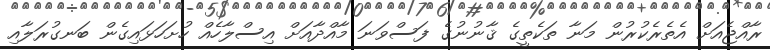
ރާއްޖެއަށް އެތެރެކުރުން މަނާ ތަކެތީގެ ޤާނުނުގެ ފަސްވަނަ މާއްދާއަށް އިސްލާހެއް ހުށަހަޅައިގެން ބަނގުރަލާއި